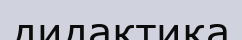
дидактика